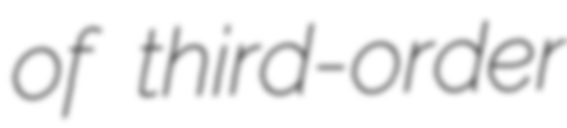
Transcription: of third-order